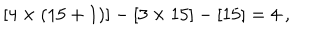
[ 4 \times ( 1 5 + 1 ) ] - [ 3 \times 1 5 ] - [ 1 5 ] = 4 \ ,